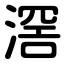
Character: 滘